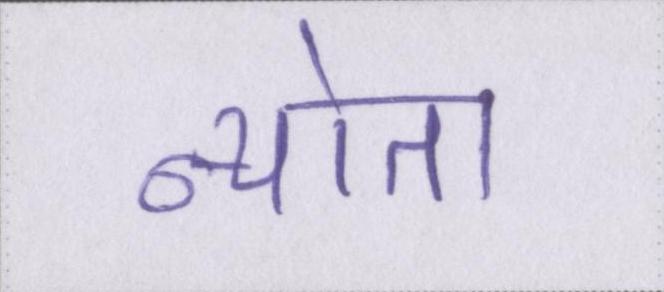
न्योता